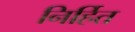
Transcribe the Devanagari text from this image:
निर्हित